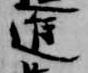
進